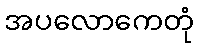
အပလောကေတုံ